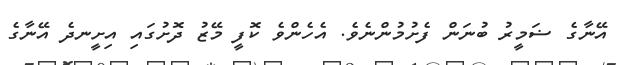
އޭނާގެ ޟަމީރު ބުނަން ފެށުމުންނެވެ. އެހެންވެ ކޮފީ މޭޒު ދޮށުގައި އިށީނދެ އޭނާގެ